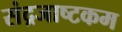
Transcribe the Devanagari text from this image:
संद्रजाष्टकम